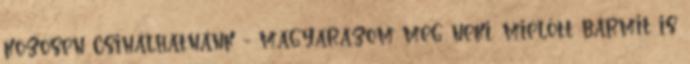
közösen csinálhatnánk - magyarázom meg neki, mielőtt bármit is